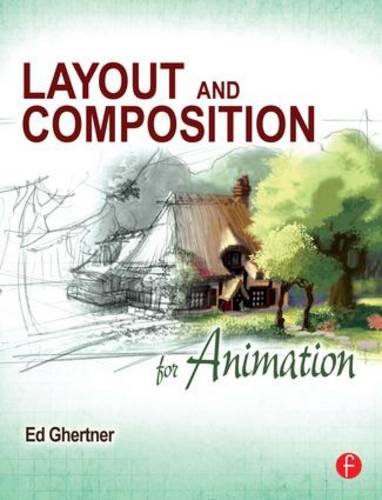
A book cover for Layout and Composition for Animation; Ed Ghertner; Arts & Photography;